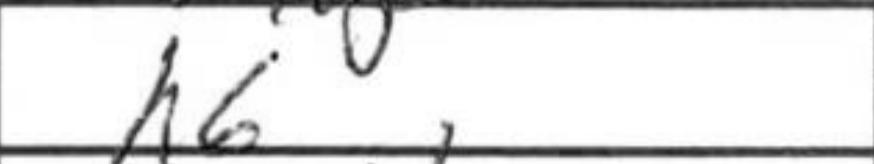
Transcription: h6